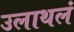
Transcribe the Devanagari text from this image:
उलाथलं